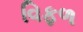
વિફળ